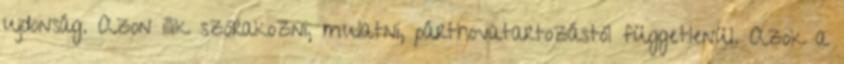
ujdonság. Azon illik szórakozni, mulatni, párthovatartozástól függetlenül. Azok a